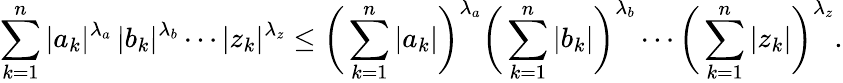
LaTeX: \sum_{k=1}^{n}|a_{k}|^{\lambda_{a}}\, |b_{k}|^{\lambda_{b}}\cdots|z_{k}|^{\lambda_{z}}\leq{\biggl(}\sum_{k=1}^{n}|a_{k}|{\biggr)}^{\lambda_{a}}{\biggl(}\sum_{k=1}^{n}|b_{k}|{\biggr)}^{\lambda_{b}}\cdots{\biggl(}\sum_{k=1}^{n}|z_{k}|{\biggr)}^{\lambda_{z}}.